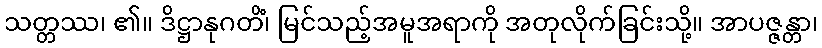
သတ္တဿ၊ ၏။ ဒိဋ္ဌာနုဂတိံ၊ မြင်သည့်အမူအရာကို အတုလိုက်ခြင်းသို့။ အာပဇ္ဇန္တာ၊